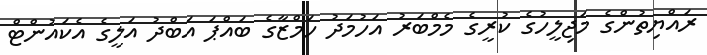
ރައްޔިތުންގެ މަޖިލީހުގެ ކުރީގެ މެމްބަރު އަހުމަދު ހަމްޒާގެ ބައްޕަ އަބްދު އަލީގެ އެކައުންޓް